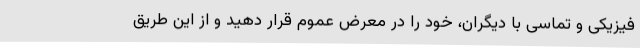
فیزیکی و تماسی با دیگران، خود را در معرض عموم قرار دهید و از این طریق